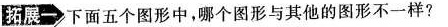
拓展一下面五个图形中，哪个图形与其他的图形不一样?